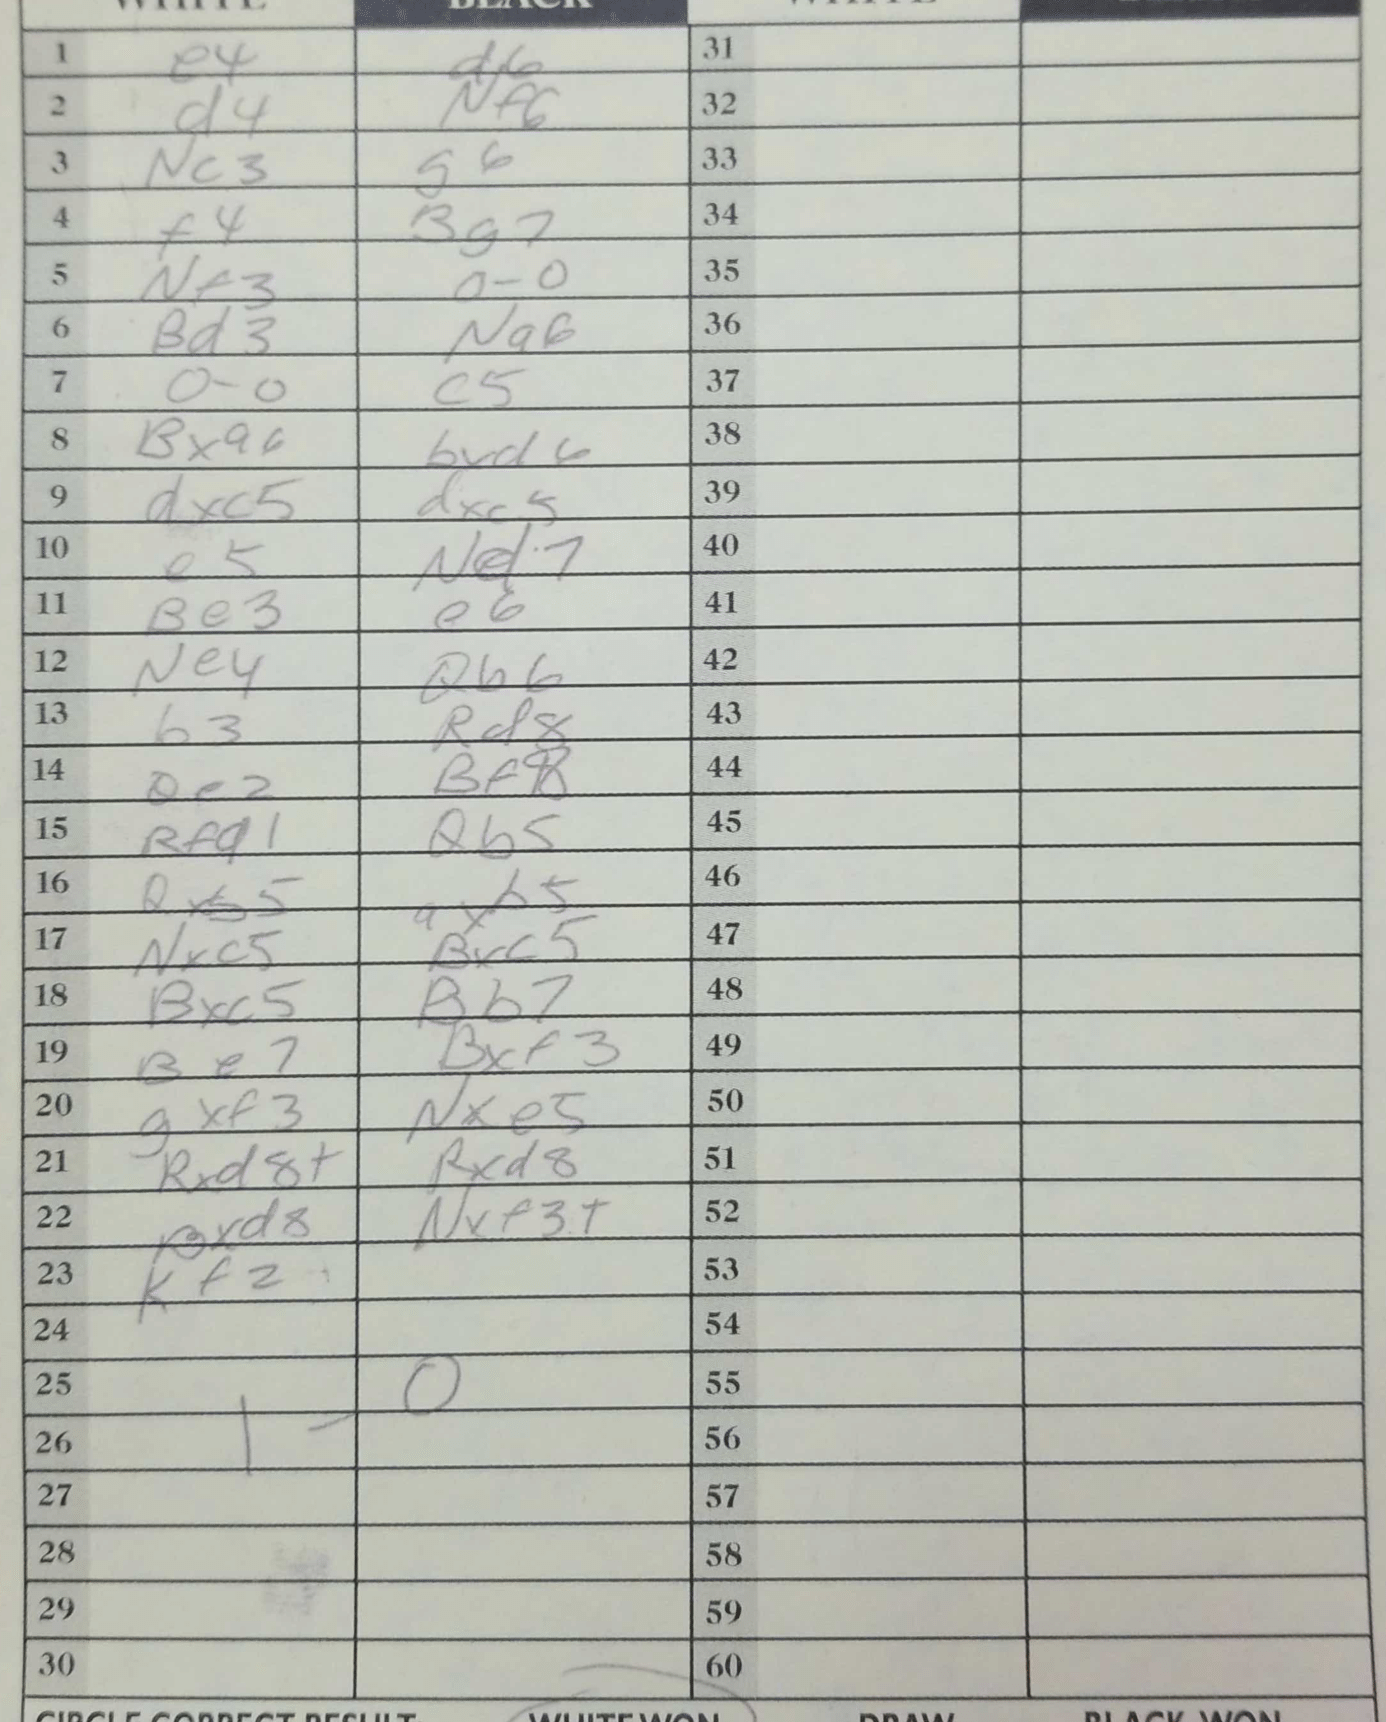
Moves: e4 d6 d4 Nf6 Nc3 g6 f4 Bg7 Nf3 O-O Bd3 Ng6 O-O c5 Bxa6 bxd6 dxc5 dxc5 e5 Nd7 Be3 e6 Ne4 Qb6 b3 Rd8 Qe2 Bf8 Rfd1 Qb5 Qxb5 Nxc5 Bxc5 Bxc5 Bb7 Be7 Bxf3 gxf3 Nxe5 Rxd8+ Rxd8 Bxd8 Nxf3+ Kf2